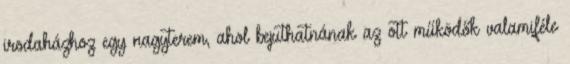
irodaházhoz egy nagyterem, ahol bejuthatnának az ott működők valamiféle